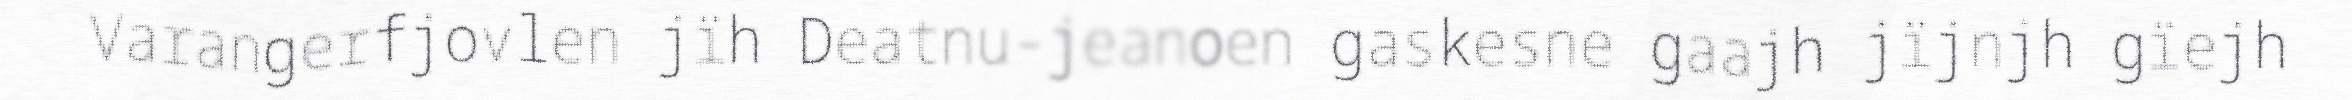
Varangerfjovlen jïh Deatnu-jeanoen gaskesne gaajh jïjnjh gïejh